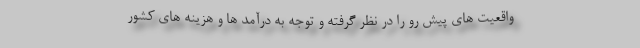
واقعیت های پیش رو را در نظر گرفته و توجه به درآمد ها و هزینه های کشور